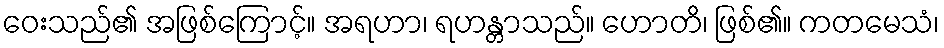
ဝေးသည်၏ အဖြစ်ကြောင့်။ အရဟာ၊ ရဟန္တာသည်။ ဟောတိ၊ ဖြစ်၏။ ကတမေသံ၊